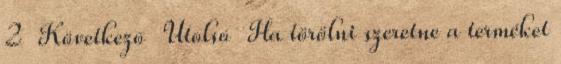
2 Következõ Utolsó Ha törölni szeretne a terméket